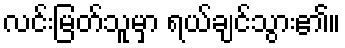
လင်းမြတ်သူမှာ ရယ်ချင်သွား၏။